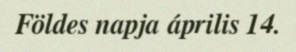
Földes napja április 14.